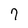
Character: 7